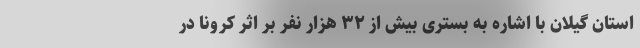
استان گیلان با اشاره به بستری بیش از ۳۲ هزار نفر بر اثر کرونا در